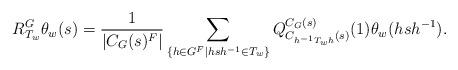
LaTeX: \begin{align*}R^{G}_{T_{w}}\theta_{w}(s)=\frac{1}{|C_G(s)^{F}|}\sum_{\{h\in G^{F}\mid hsh^{-1}\in T_{w}\}}Q^{C_G(s)}_{C_{h^{-1}T_{w}h}(s)}(1)\theta_{w}(hsh^{-1}).\end{align*}